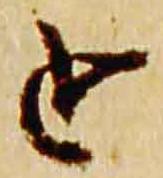
追